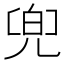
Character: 兜